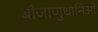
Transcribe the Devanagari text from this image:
बीजाणुधानिओं